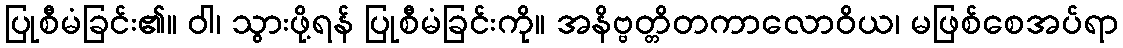
ပြုစီမံခြင်း၏။ ဝါ၊ သွားဖို့ရန် ပြုစီမံခြင်းကို။ အနိဗ္ဗတ္တိတကာလောဝိယ၊ မဖြစ်စေအပ်ရာ